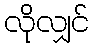
လိုလျှင်